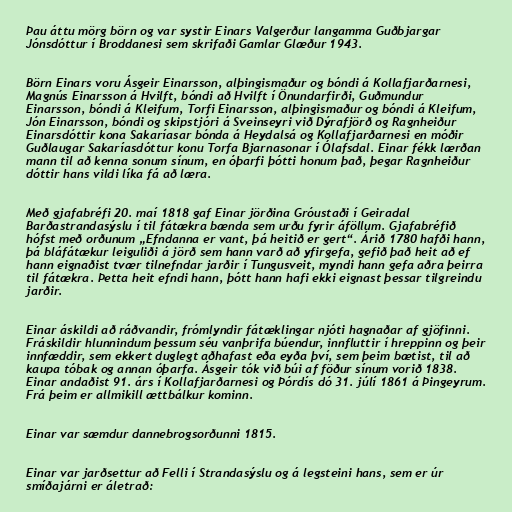
Þau áttu mörg börn og var systir Einars Valgerður langamma Guðbjargar
Jónsdóttur í Broddanesi sem skrifaði Gamlar Glæður 1943.

Börn Einars voru Ásgeir Einarsson, alþingismaður og bóndi á Kollafjarðarnesi,
Magnús Einarsson á Hvilft, bóndi að Hvilft í Önundarfirði, Guðmundur
Einarsson, bóndi á Kleifum, Torfi Einarsson, alþingismaður og bóndi á Kleifum,
Jón Einarsson, bóndi og skipstjóri á Sveinseyri við Dýrafjörð og Ragnheiður
Einarsdóttir kona Sakaríasar bónda á Heydalsá og Kollafjarðarnesi en móðir
Guðlaugar Sakaríasdóttur konu Torfa Bjarnasonar í Ólafsdal. Einar fékk lærðan
mann til að kenna sonum sínum, en óþarfi þótti honum það, þegar Ragnheiður
dóttir hans vildi líka fá að læra.

Með gjafabréfi 20. maí 1818 gaf Einar jörðina Gróustaði í Geiradal
Barðastrandasýslu í til fátækra bænda sem urðu fyrir áföllum. Gjafabréfið
hófst með orðunum „Efndanna er vant, þá heitið er gert“. Árið 1780 hafði hann,
þá bláfátækur leiguliði á jörð sem hann varð að yfirgefa, gefið það heit að ef
hann eignaðist tvær tilnefndar jarðir í Tungusveit, myndi hann gefa aðra þeirra
til fátækra. Þetta heit efndi hann, þótt hann hafi ekki eignast þessar tilgreindu
jarðir.

Einar áskildi að ráðvandir, frómlyndir fátæklingar njóti hagnaðar af gjöfinni.
Fráskildir hlunnindum þessum séu vanþrifa búendur, innfluttir í hreppinn og þeir
innfæddir, sem ekkert duglegt aðhafast eða eyða því, sem þeim bætist, til að
kaupa tóbak og annan óþarfa. Ásgeir tók við búi af föður sínum vorið 1838.
Einar andaðist 91. árs í Kollafjarðarnesi og Þórdís dó 31. júlí 1861 á Þingeyrum.
Frá þeim er allmikill ættbálkur kominn.

Einar var sæmdur dannebrogsorðunni 1815.

Einar var jarðsettur að Felli í Strandasýslu og á legsteini hans, sem er úr
smíðajárni er áletrað: